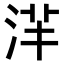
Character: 𣴱